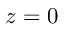
z = 0